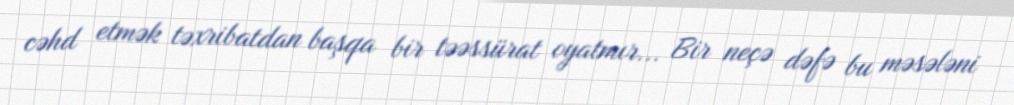
cəhd etmək təxribatdan başqa bir təəssürat oyatmır... Bir neçə dəfə bu məsələni